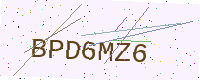
Text: BPD6MZ6